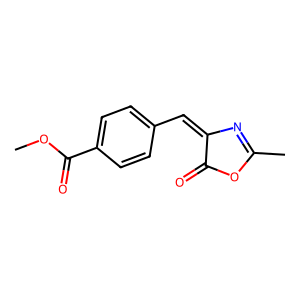
SMILES: COC(=O)c1ccc(C=C2N=C(C)OC2=O)cc1
Inhibits HIV replication: No